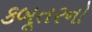
કબૂતરનો